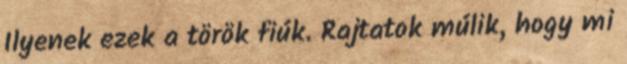
Ilyenek ezek a török fiúk. Rajtatok múlik, hogy mi